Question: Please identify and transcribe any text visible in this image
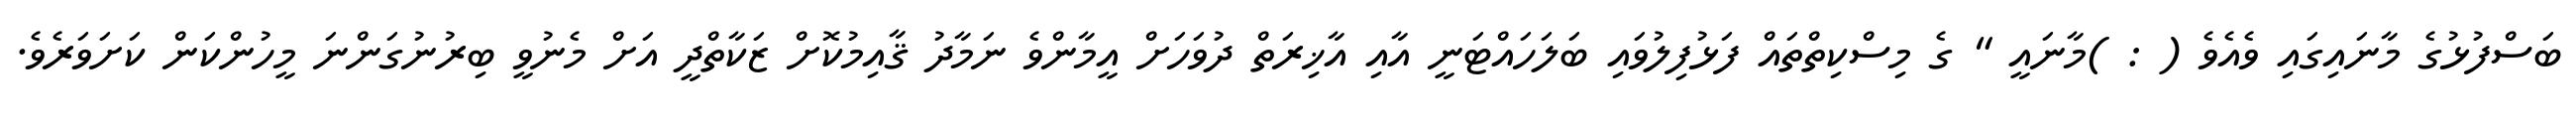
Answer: ބަސްފުޅުގެ މާނައިގައި ވެއެވެ ( : )މާނައީ " ގެ މިސްކިތްތައް ފަޅުފިލުވައި ބަލަހައްޓަނީ އާއި އާޚިރަތް ދުވަހަށް އީމާންވެ ނަމާދު ޤާއިމުކޮށް ޒަކާތްދީ އަށް މެނުވީ ބިރުނުގަންނަ މީހުންކަން ކަށަވަރެވެ.